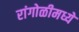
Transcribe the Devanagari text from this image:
रांगोळीमध्ये